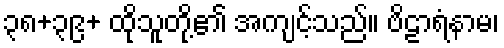
၃၈+၃၉+ ထိုသူတို့၏ အကျင့်သည်။ ဗိဠာရံနာမ၊